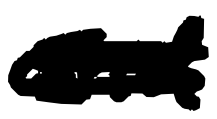
Text: and
Cross-out: scratch
Writing tool: digital_black